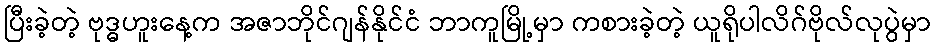
ပြီးခဲ့တဲ့ ဗုဒ္ဓဟူးနေ့က အဇာဘိုင်ဂျန်နိုင်ငံ ဘာကူမြို့မှာ ကစားခဲ့တဲ့ ယူရိုပါလိဂ်ဗိုလ်လုပွဲမှာ